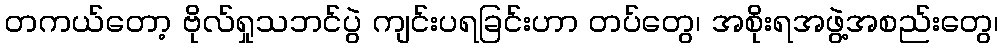
တကယ်တော့ ဗိုလ်ရှုသဘင်ပွဲ ကျင်းပရခြင်းဟာ တပ်တွေ၊ အစိုးရအဖွဲ့အစည်းတွေ၊